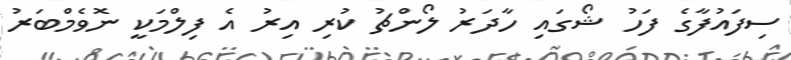
ސިފައުފާގެ ފަހު ޝޯގައި ހާދަރު ލޯންޗު ކުރި އިރު އެ ފިލްމަކީ ނޮވެމްބަރު